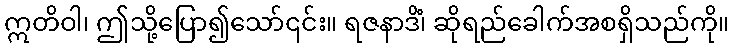
ဣတိဝါ၊ ဤသို့ပြော၍သော်၎င်း။ ရဇနာဒိံ၊ ဆိုရည်ခေါက်အစရှိသည်ကို။